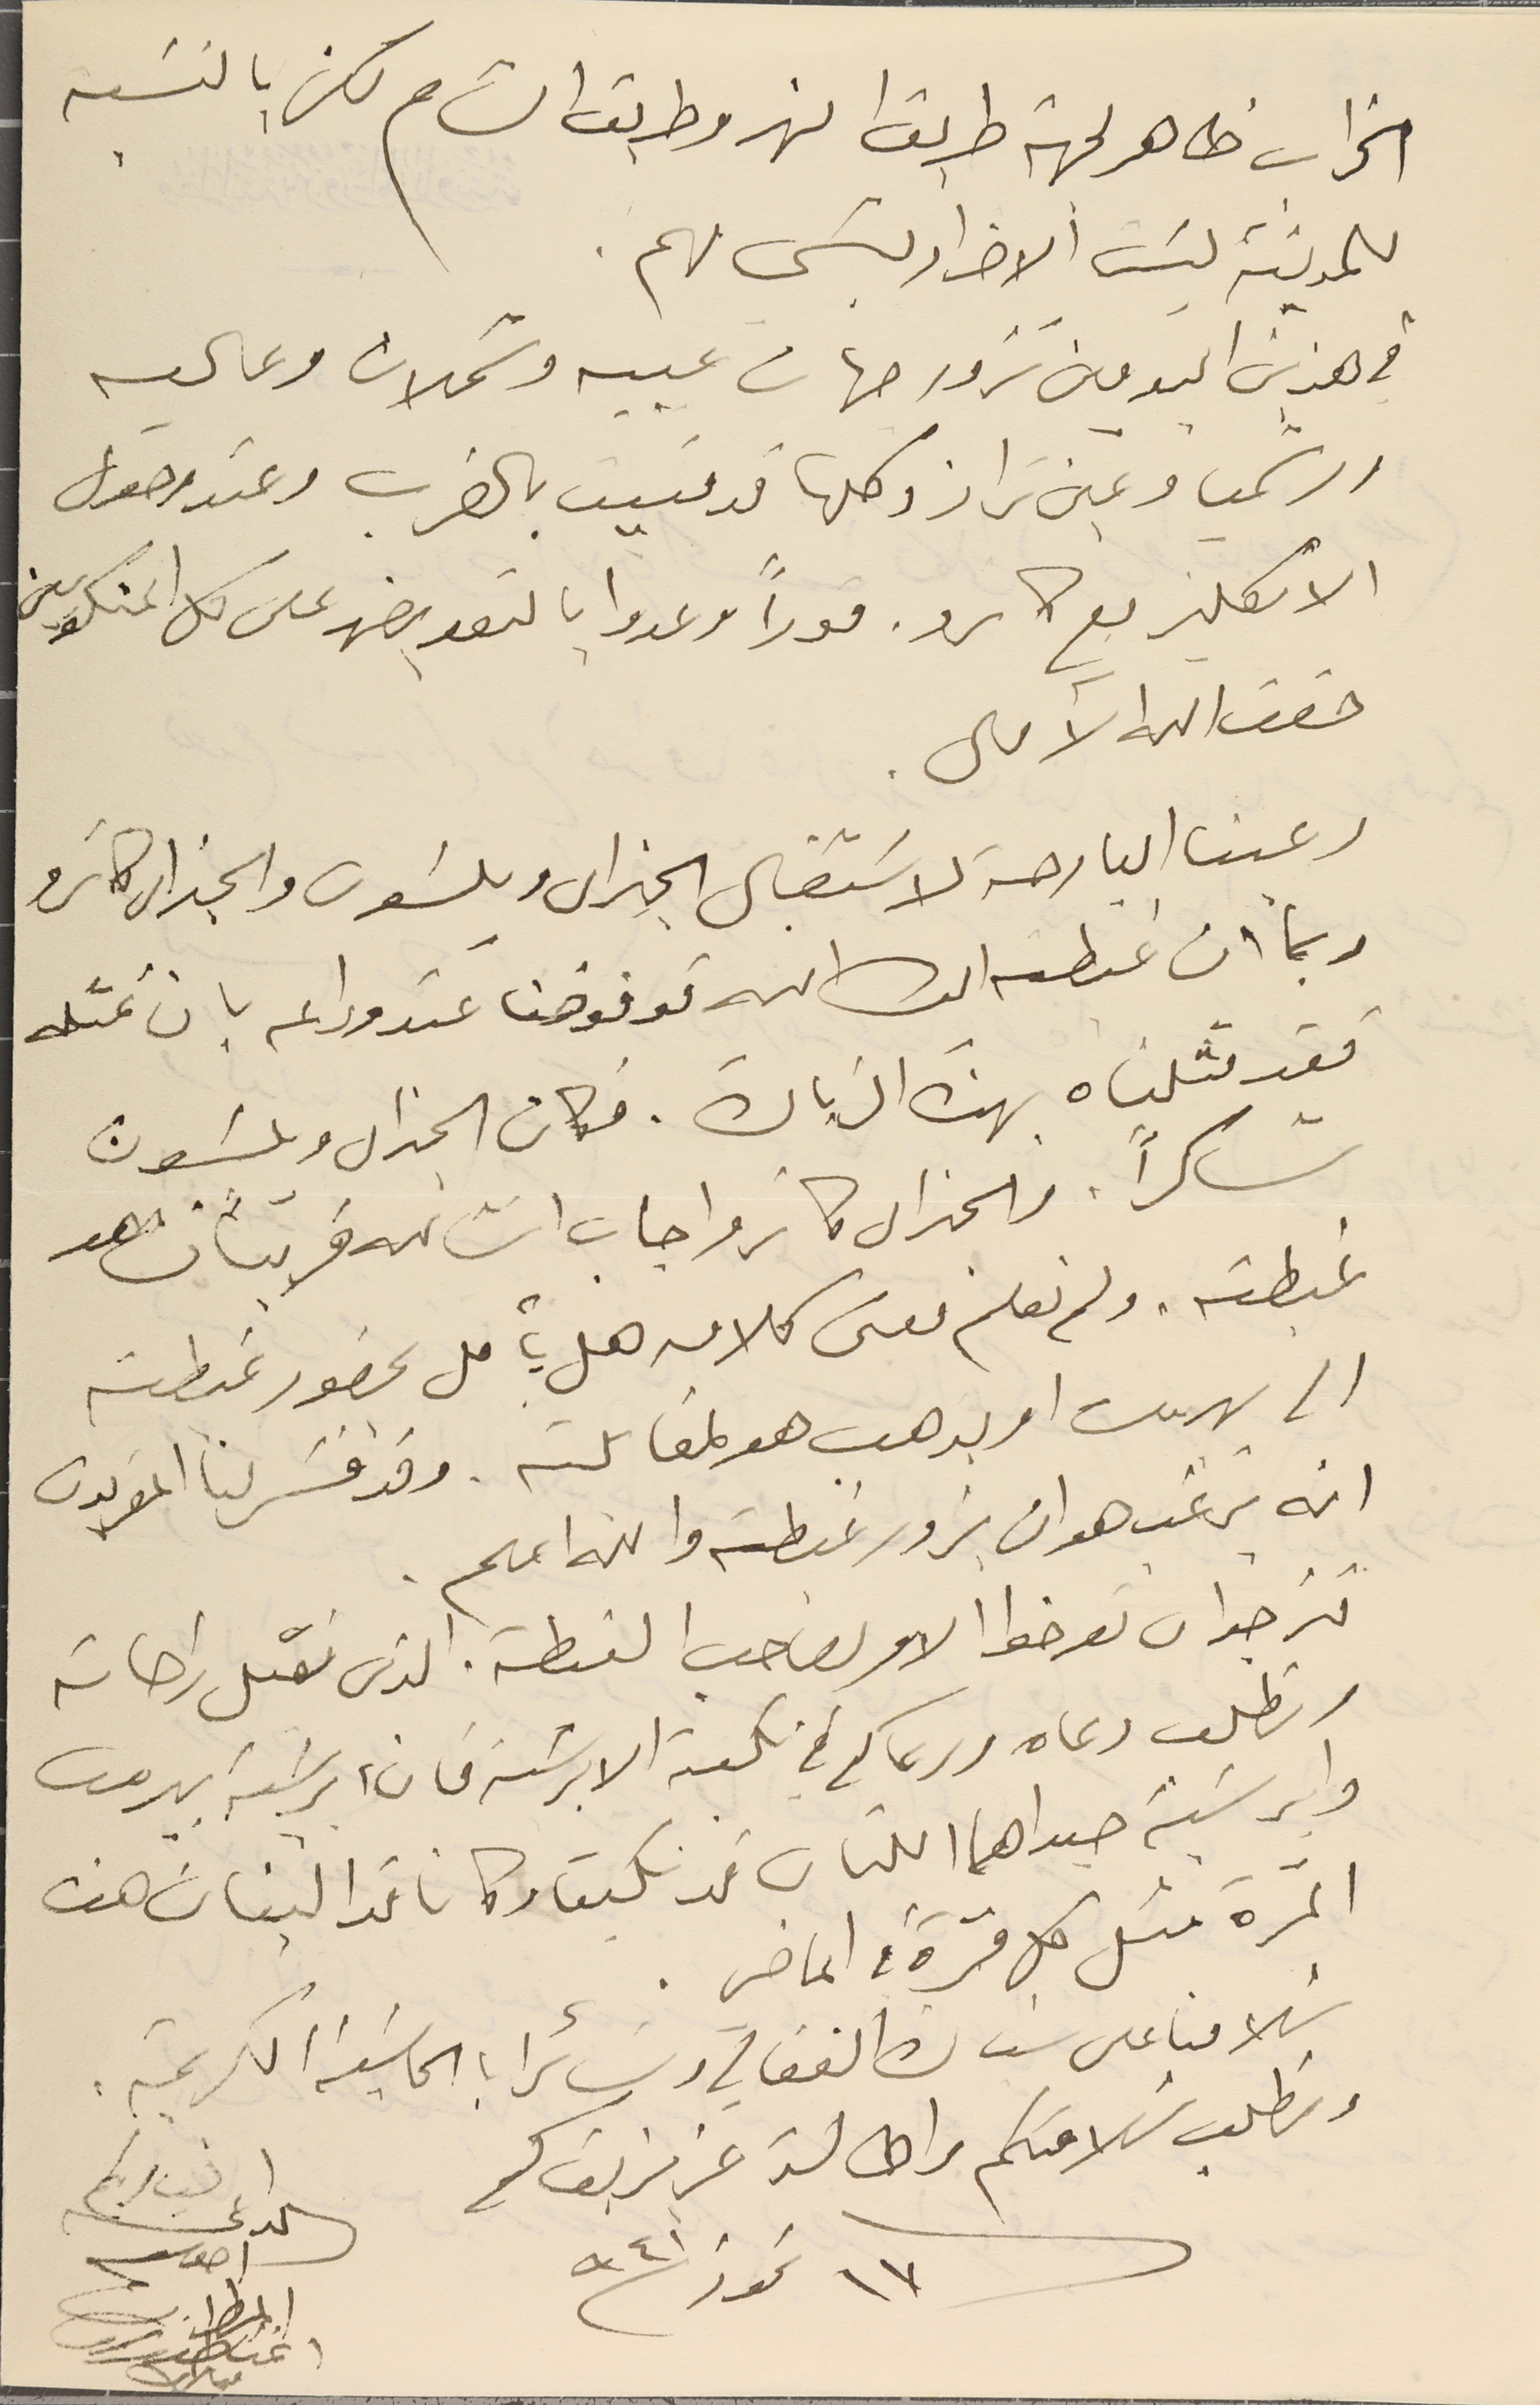
الخراب ظاهر لجهة طريق النهر وطريق الشام لكن بالنسَبه
للمدينة ليسَت الاضرار بشى مهم.
في هذين اليومين نزور جهات عبيه وشملان وعاليه
ورشميا وعين تراز وكلها قد منيت بالضرب وعند وصول
 الانكليز مع كاىرو. فوراً وعدوا بالتعويض على كل المنكوبين
دعينا البارحة لاسَتقبال الجنرال ويلسَون والجنرال كاترو
وبما ان غبطته ايده الله فوفوضنا عند وداعه بان نمثله
فقد مثلناه بهذه الزيارة. فكان الجنرال ويلسَون
شاكراً. والجنرال كاترو اجاب انشالله قريباً نشاهد
غبطته. ولم نعلم معنى كلامه هل يأمل بحضور غبطته
الى بيروت او يذهب هو لمقابلته. وقد فسَر لنا المقربون
انه يرغب هو ان يزور غبطته والله اعلم.
نرجو ا ن تعرضوا الامر لصاحب الغىطة الذى نقبل راحاته
ونطلب دعاه ودعاكم في نكبة الابرشىة فان ابرشية بيروت
وابرشية صيدا هما اللتان قد نكبتا وكانا فدا لبنان هذه
المرّة مثل كل مرّة في الماضي .
سَلامنا على سَيادة الفغالي وسَائر ابا الحاشية الكريمة.
 ونطلب سَلامتكم واطالة عزيز بقاكم
فى ١٧ تموز سنة ٩٤١
لسيادىكم
حقق الله الآمال.
الداعى
اخوكم
المطران
اغناطيوس
مبارك